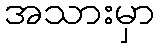
အသားမှာ